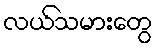
လယ်သမားတွေ